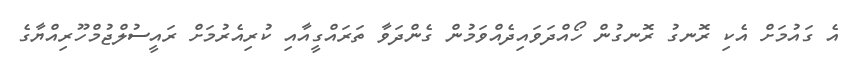
އެ ގައުމަށް އެކި ރޮނގު ރޮނގުން ހޯއްދަވައިދެއްވަމުން ގެންދަވާ ތަރައްގީއާއި ކުރިއެރުމަށް ރައީސުލްޖުމްހޫރިއްޔާގެ